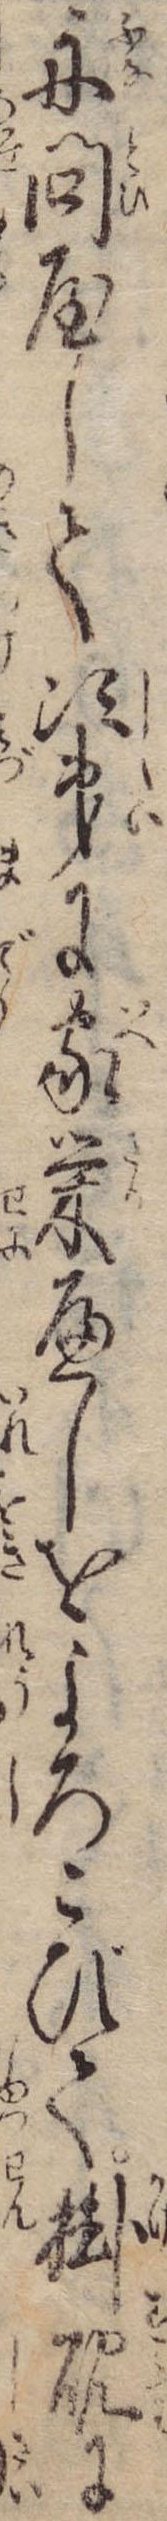
舟問屋して次第に家栄へしをよろこびて掛硯に